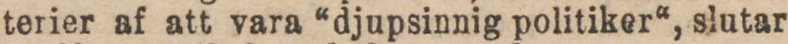
terier af att vara “djupsinnig politiker“, slutar